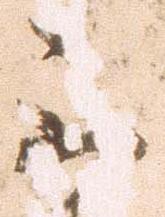
不